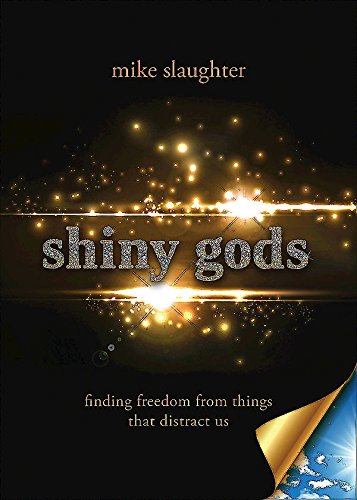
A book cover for shiny gods: finding freedom from things that distract us (first); Mike Slaughter; Christian Books & Bibles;